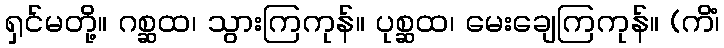
ရှင်မတို့။ ဂစ္ဆထ၊ သွားကြကုန်။ ပုစ္ဆထ၊ မေးချေကြကုန်။ (ကိံ၊